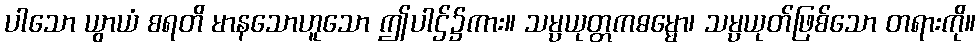
ပါသော ယွာယံ စရတိ မာနသောဟူသော ဤပါဌ်၌ကား။ သမ္ပယုတ္တကဓမ္မော၊ သမ္ပယုတ်ဖြစ်သော တရားကို။